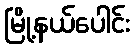
မြို့နယ်ပေါင်း